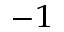
^ { - 1 }